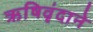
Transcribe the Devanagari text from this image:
ऋषिवृंदाने